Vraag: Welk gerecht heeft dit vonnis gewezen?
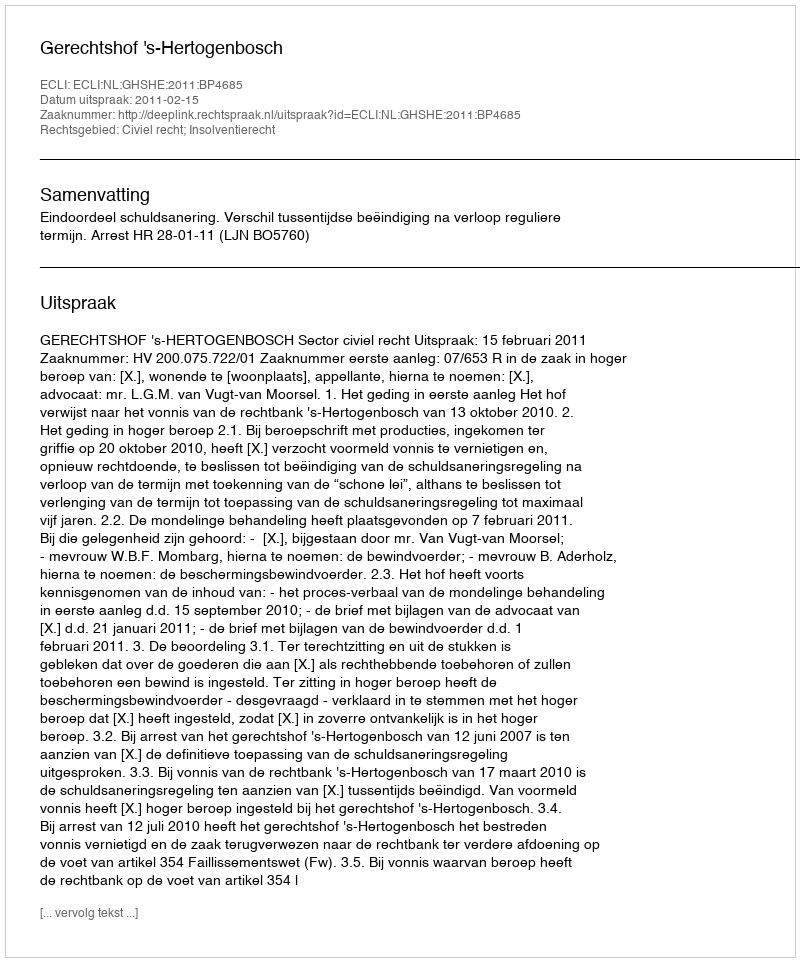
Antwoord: Gerechtshof 's-Hertogenbosch